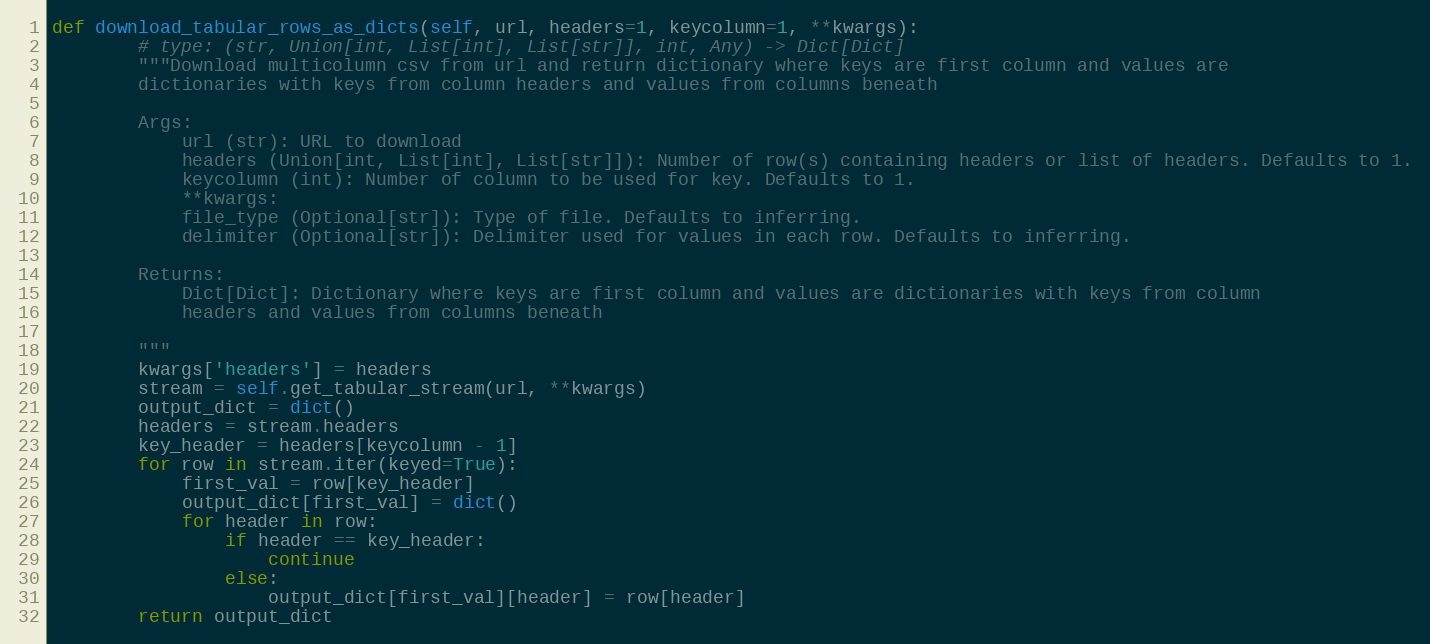
Language: Python
def download_tabular_rows_as_dicts(self, url, headers=1, keycolumn=1, **kwargs):
        # type: (str, Union[int, List[int], List[str]], int, Any) -> Dict[Dict]
        """Download multicolumn csv from url and return dictionary where keys are first column and values are
        dictionaries with keys from column headers and values from columns beneath

        Args:
            url (str): URL to download
            headers (Union[int, List[int], List[str]]): Number of row(s) containing headers or list of headers. Defaults to 1.
            keycolumn (int): Number of column to be used for key. Defaults to 1.
            **kwargs:
            file_type (Optional[str]): Type of file. Defaults to inferring.
            delimiter (Optional[str]): Delimiter used for values in each row. Defaults to inferring.

        Returns:
            Dict[Dict]: Dictionary where keys are first column and values are dictionaries with keys from column
            headers and values from columns beneath

        """
        kwargs['headers'] = headers
        stream = self.get_tabular_stream(url, **kwargs)
        output_dict = dict()
        headers = stream.headers
        key_header = headers[keycolumn - 1]
        for row in stream.iter(keyed=True):
            first_val = row[key_header]
            output_dict[first_val] = dict()
            for header in row:
                if header == key_header:
                    continue
                else:
                    output_dict[first_val][header] = row[header]
        return output_dict